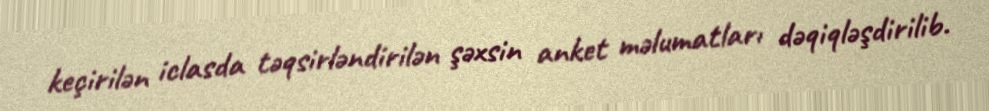
keçirilən iclasda təqsirləndirilən şəxsin anket məlumatları dəqiqləşdirilib.